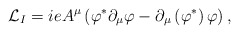
\begin{align*}{\cal L}_{I}=ieA^{\mu }\left( \varphi ^{\ast }\partial _{\mu }\varphi-\partial _{\mu }\left( \varphi ^{\ast }\right) \varphi \right) ,\end{align*}